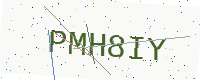
Text: PMH8IY